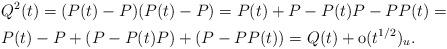
LaTeX: \begin{align*}&Q^2(t)=(P(t)-P)(P(t)-P)=P(t)+P-P(t)P-PP(t)=\\&P(t)-P+(P-P(t)P)+(P-PP(t))=Q(t)+\mathrm{o}(t^{1/2})_u.\end{align*}